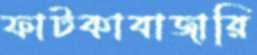
ফাটকাবাজারি